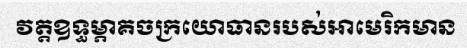
វត្តឧទ្ធម្ភាគចក្រយោធានរបស់អាមេរិកមាន